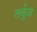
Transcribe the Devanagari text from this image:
तर्बुज